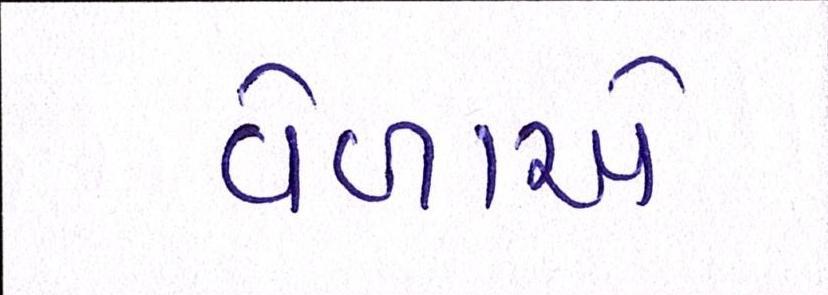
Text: વેળાએ